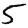
Digit: 5